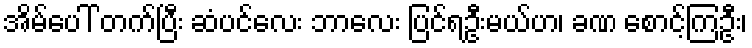
အိမ်ပေါ် တက်ပြီး ဆံပင်လေး ဘာလေး ပြင်ရဦးမယ်ဟ၊ ခဏ စောင့်ကြဦး၊